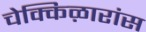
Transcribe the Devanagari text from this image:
चेक्किऴारांस